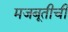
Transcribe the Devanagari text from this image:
मजबूतीची